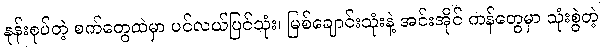
နုန်းစုပ်တဲ့ စက်တွေထဲမှာ ပင်လယ်ပြင်သုံး၊ မြစ်ချောင်းသုံးနဲ့ အင်းအိုင် ကန်တွေမှာ သုံးစွဲတဲ့